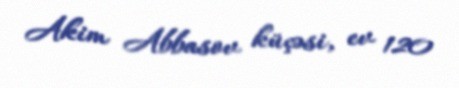
Akim Abbasov küçəsi, ev 120